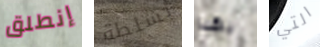
إنطلق بسلطة بهذا التي